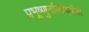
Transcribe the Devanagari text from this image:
प्रभूष्णुर्नारदोद्गीतो